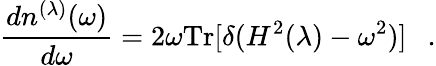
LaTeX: {\frac{dn^{(\lambda)}(\omega)}{d\omega}}=2\omega\mathrm{Tr}[\delta(H^{2}(\lambda)-\omega^{2})]~~~.